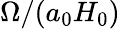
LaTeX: \Omega/(a_{0}H_{0})